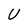
Character: U